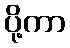
ပို့ကာ